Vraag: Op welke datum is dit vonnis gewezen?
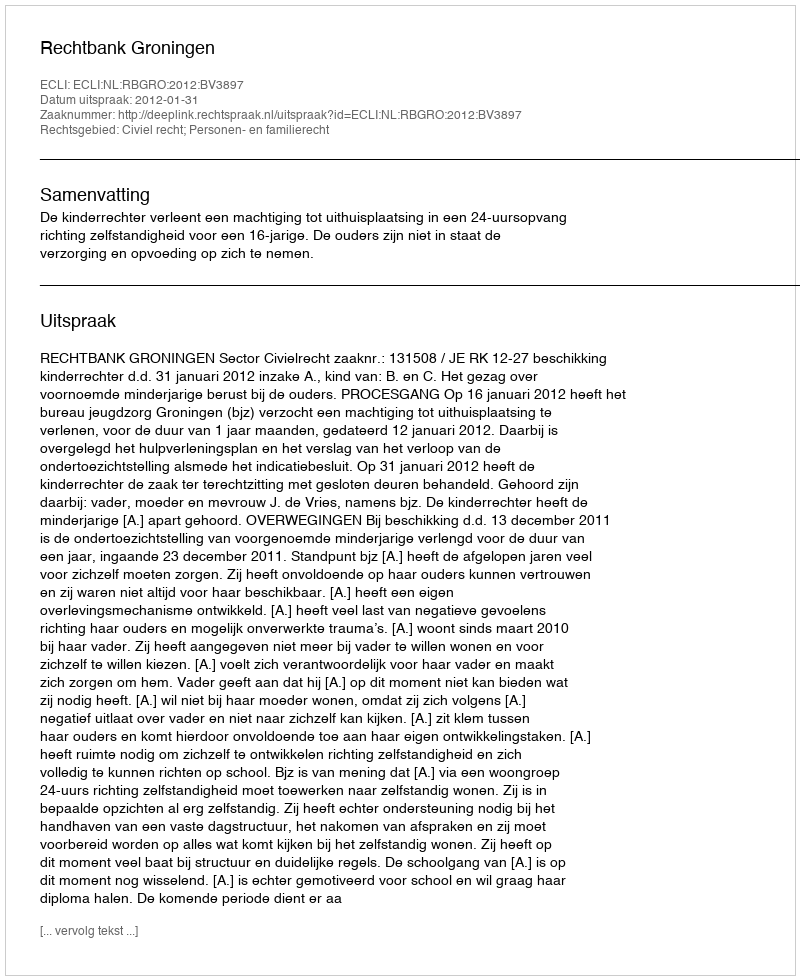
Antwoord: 2012-01-31